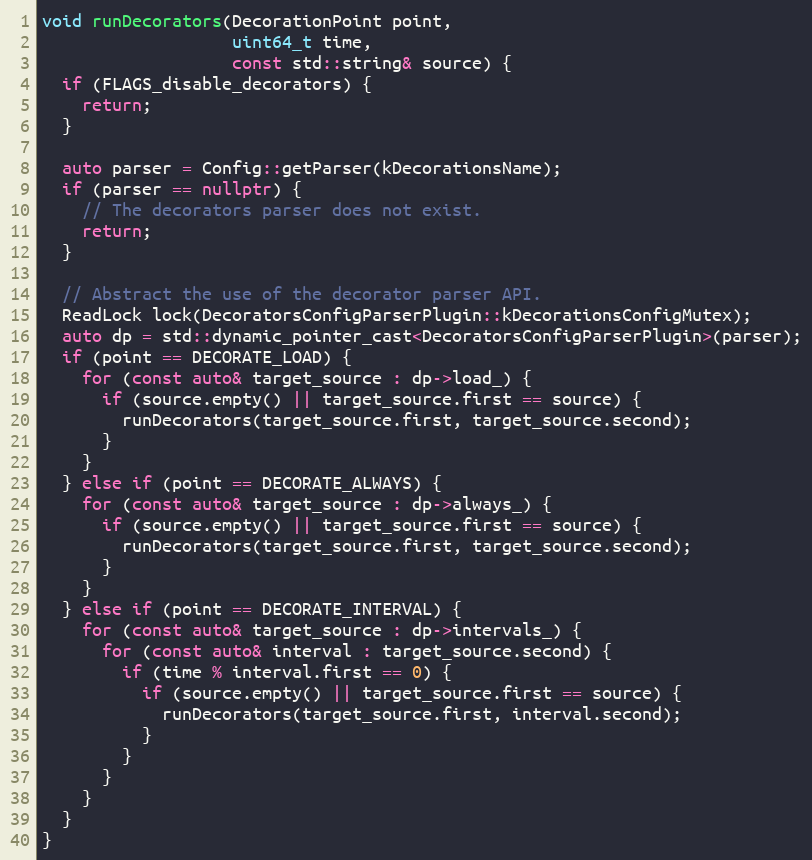
Language: C++
void runDecorators(DecorationPoint point,
                   uint64_t time,
                   const std::string& source) {
  if (FLAGS_disable_decorators) {
    return;
  }

  auto parser = Config::getParser(kDecorationsName);
  if (parser == nullptr) {
    // The decorators parser does not exist.
    return;
  }

  // Abstract the use of the decorator parser API.
  ReadLock lock(DecoratorsConfigParserPlugin::kDecorationsConfigMutex);
  auto dp = std::dynamic_pointer_cast<DecoratorsConfigParserPlugin>(parser);
  if (point == DECORATE_LOAD) {
    for (const auto& target_source : dp->load_) {
      if (source.empty() || target_source.first == source) {
        runDecorators(target_source.first, target_source.second);
      }
    }
  } else if (point == DECORATE_ALWAYS) {
    for (const auto& target_source : dp->always_) {
      if (source.empty() || target_source.first == source) {
        runDecorators(target_source.first, target_source.second);
      }
    }
  } else if (point == DECORATE_INTERVAL) {
    for (const auto& target_source : dp->intervals_) {
      for (const auto& interval : target_source.second) {
        if (time % interval.first == 0) {
          if (source.empty() || target_source.first == source) {
            runDecorators(target_source.first, interval.second);
          }
        }
      }
    }
  }
}